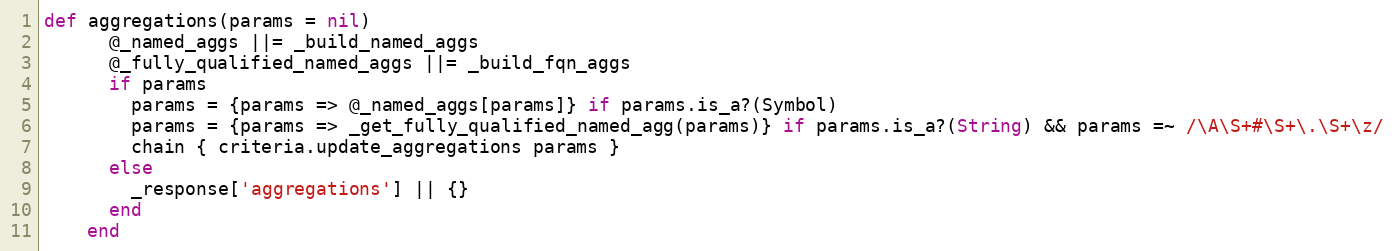
Language: Ruby
def aggregations(params = nil)
      @_named_aggs ||= _build_named_aggs
      @_fully_qualified_named_aggs ||= _build_fqn_aggs
      if params
        params = {params => @_named_aggs[params]} if params.is_a?(Symbol)
        params = {params => _get_fully_qualified_named_agg(params)} if params.is_a?(String) && params =~ /\A\S+#\S+\.\S+\z/
        chain { criteria.update_aggregations params }
      else
        _response['aggregations'] || {}
      end
    end